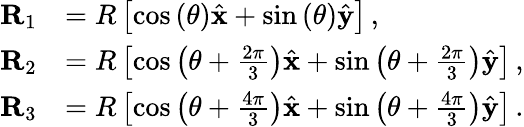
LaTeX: \begin{array}{rl}{\mathbf{R}_{1}}&{=R\left[\cos\left(\theta\right)\hat{\mathbf{x}}+\sin\left(\theta\right)\hat{\mathbf{y}}\right]\, ,}\\ {\mathbf{R}_{2}}&{=R\left[\cos\left(\theta+\frac{2\pi}{3}\right)\hat{\mathbf{x}}+\sin\left(\theta+\frac{2\pi}{3}\right)\hat{\mathbf{y}}\right]\, ,}\\ {\mathbf{R}_{3}}&{=R\left[\cos\left(\theta+\frac{4\pi}{3}\right)\hat{\mathbf{x}}+\sin\left(\theta+\frac{4\pi}{3}\right)\hat{\mathbf{y}}\right]\, .}\end{array}